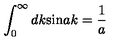
\int _ { 0 } ^ { \infty } d k \mathrm { s i n } a k = \frac { 1 } { a }